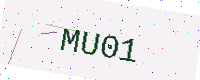
Text: MU01